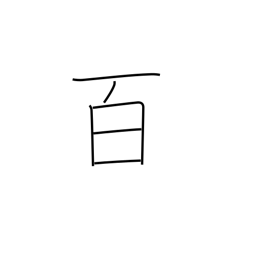
Meaning: hundred